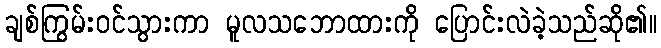
ချစ်ကြွမ်းဝင်သွားကာ မူလသဘောထားကို ပြောင်းလဲခဲ့သည်ဆို၏။